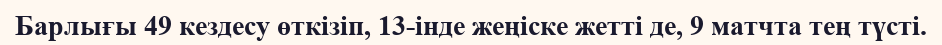
Барлығы 49 кездесу өткізіп, 13-інде жеңіске жетті де, 9 матчта тең түсті.